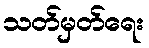
သတ်မှတ်ရေး